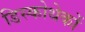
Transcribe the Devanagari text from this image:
डिस्कोथेकों